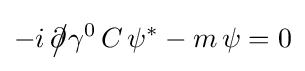
-i\,{\partial \!\!\!{\big /}}\gamma ^{0}\,C\,\psi ^{*}-m\,\psi =0